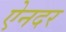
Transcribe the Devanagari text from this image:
ऐनदर